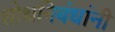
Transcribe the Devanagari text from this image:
शोधनिबंधांनी